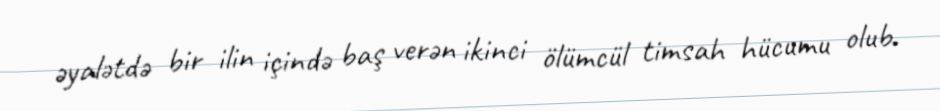
əyalətdə bir ilin içində baş verən ikinci ölümcül timsah hücumu olub.